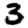
Digit: 3